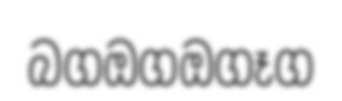
බගඔගඔගෑග